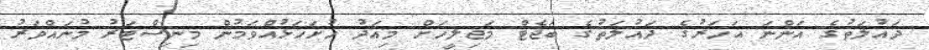
ދައުލަތުގެ އަންނަ އަހަރުގެ ދައުލަތުގެ ބަޖެޓް މަޖިލީހަށް މިއަދު ހުށަހަޅުއްވަމުން މިނިސްޓަރު މުނައްވަރު